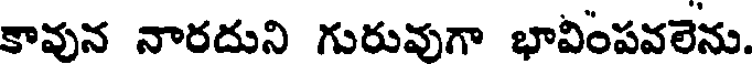
కావున నారదుని గురువుగా భావింపవలెను.